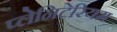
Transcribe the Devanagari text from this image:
प्लेनिटेरियम